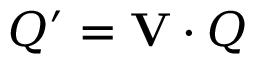
{ \cal Q } ^ { \prime } = { \bf V } \cdot { \cal Q }